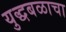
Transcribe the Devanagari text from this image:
युद्धबळाचा